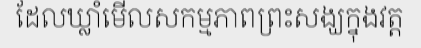
ដែលឃ្លាំមើលសកម្មភាពព្រះសង្ឃក្នុងវត្ត